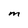
Character: M